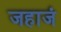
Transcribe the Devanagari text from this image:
जहाजं